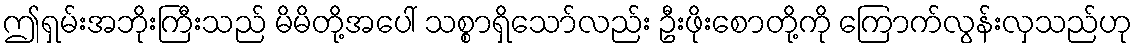
ဤရှမ်းအဘိုးကြီးသည် မိမိတို့အပေါ် သစ္စာရှိသော်လည်း ဦးဖိုးစောတို့ကို ကြောက်လွန်းလှသည်ဟု